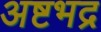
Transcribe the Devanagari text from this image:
अष्टभद्र